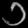
Digit: ၁